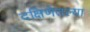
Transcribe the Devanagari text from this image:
दक्षिणेतल्या